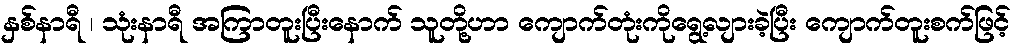
နှစ်နာရီ ၊ သုံးနာရီ အကြာတူးပြီးနောက် သူတို့ဟာ ကျောက်တုံးကိုရွေ့လျားခဲ့ပြီး ကျောက်တူးစက်ဖြင့်